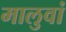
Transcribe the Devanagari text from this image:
मालुवां